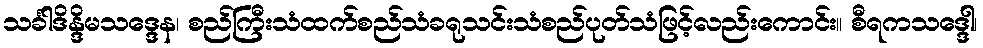
သင်္ခါဒိန္ဒိမသဒ္ဒေန၊ စည်ကြီးသံထက်စည်သံခရုသင်းသံစည်ပုတ်သံဖြင့်လည်းကောင်း။ စီရကသဒ္ဒေါ၊